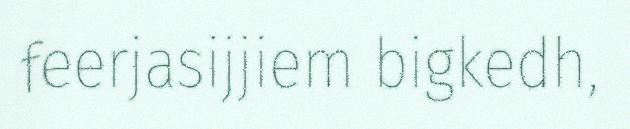
feerjasijjiem bigkedh,